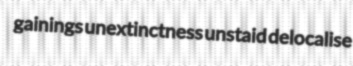
gainings unextinctness unstaid delocalise